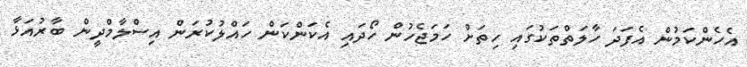
އެހެންކަމުން އެފަދަ ހާލަތްތަކުގައި ހިތަށް ހަމަޖެހުން ހޯދައި އެކަންކަން ހައްލުކުރަން އިސްލާމްދީން ބާރުއަޅާ